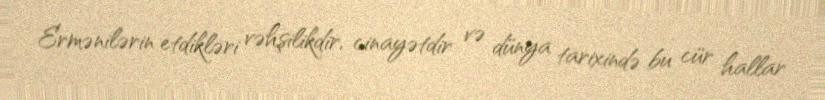
Ermənilərin etdikləri vəhşilikdir, cinayətdir və dünya tarixində bu cür hallar